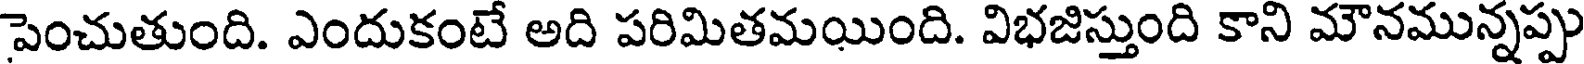
పెంచుతుంది. ఎందుకంటే అది పరిమితమయింది. విభజిస్తుంది కాని మౌనమున్నప్పు